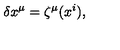
\delta x ^ { \mu } = \zeta ^ { \mu } ( x ^ { i } ) ,